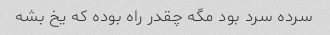
سرده سرد بود مگه چقدر راه بوده که یخ بشه